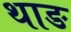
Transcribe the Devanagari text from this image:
थाङ